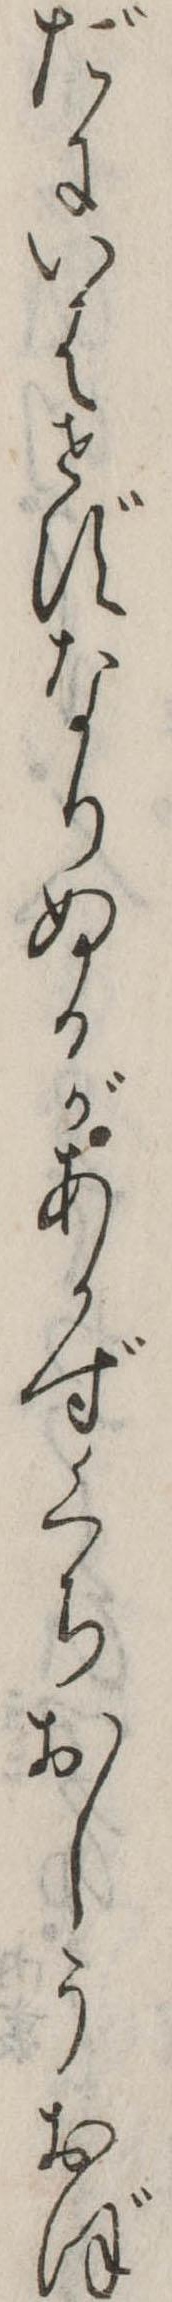
だにいはせずなりぬるがあかずくちおしうおぼ